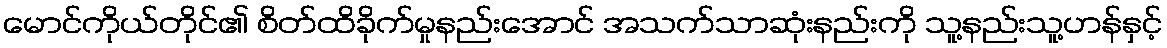
မောင်ကိုယ်တိုင်၏ စိတ်ထိခိုက်မှုနည်းအောင် အသက်သာဆုံးနည်းကို သူ့နည်းသူ့ဟန်နှင့်